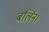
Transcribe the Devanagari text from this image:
बर्लिन।